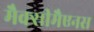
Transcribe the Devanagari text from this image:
मैक्सीमैएनस